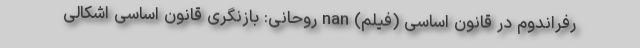
رفراندوم در قانون اساسی (فیلم) nan روحانی: بازنگری قانون اساسی اشکالی